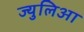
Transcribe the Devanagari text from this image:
ज्युलिआ